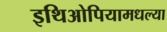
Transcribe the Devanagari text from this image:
इथिओपियामधल्या